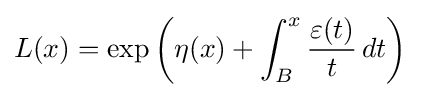
L(x)=\exp \left(\eta (x)+\int _{B}^{x}{\frac {\varepsilon (t)}{t}}\,dt\right)